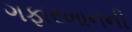
ગફારખાનની